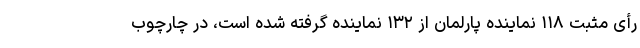
رأی مثبت ۱۱۸ نماینده پارلمان از ۱۳۲ نماینده گرفته شده است، در چارچوب